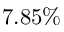
7 . 8 5 \%